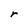
Character: r